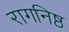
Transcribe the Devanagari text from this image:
रागनिष्ठ